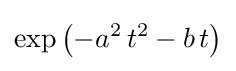
\exp \left(-a^{2}\,t^{2}-b\,t\right)